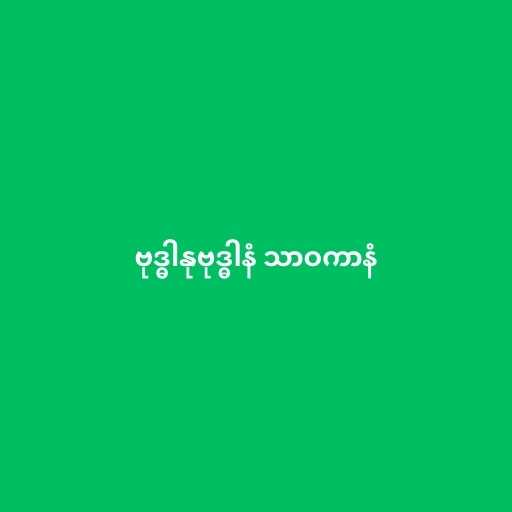
ဗုဒ္ဓါနုဗုဒ္ဓါနံ သာဝကာနံ